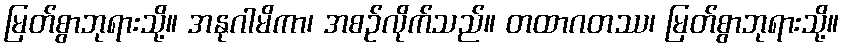
မြတ်စွာဘုရားသို့။ အနုဂါမိကာ၊ အစဉ်လိုက်သည်။ တထာဂတဿ၊ မြတ်စွာဘုရားသို့။